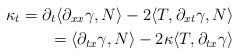
LaTeX: \begin{align*}\kappa_{t} = \partial_{t}\langle\partial_{xx}\gamma,N\rangle-2\langle T,\partial_{xt}\gamma,N\rangle\\=\langle\partial_{tx}\gamma,N\rangle-2\kappa\langle T,\partial_{tx}\gamma\rangle\end{align*}